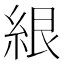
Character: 𰫤